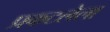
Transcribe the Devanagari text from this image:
प्रकटलेला